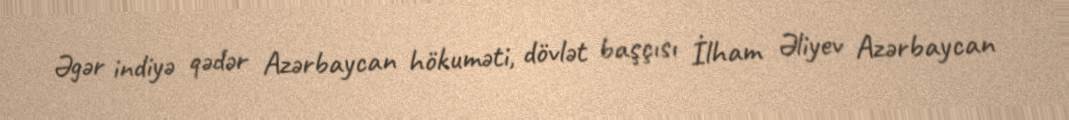
Əgər indiyə qədər Azərbaycan hökuməti, dövlət başçısı İlham Əliyev Azərbaycan